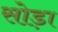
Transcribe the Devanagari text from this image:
सोड़ा